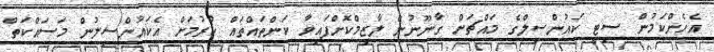
އެހެންކަމުން ސިޓީ ކައުންސިލްގެ މައްޗަށް ގާނޫނުން ލާޒިމްކޮށްފައިވާ ކަންތައްތައް ކުރުމަށް އެކައުންސިލުން މަސައްކަތް